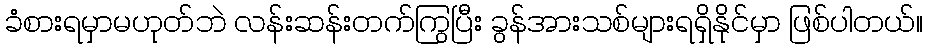
ခံစားရမှာမဟုတ်ဘဲ လန်းဆန်းတက်ကြွပြီး ခွန်အားသစ်များရရှိနိုင်မှာ ဖြစ်ပါတယ်။